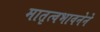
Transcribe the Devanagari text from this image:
मातृत्वभावनेने